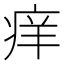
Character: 痒